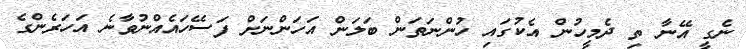
ނެގީ އޭނާ ތި ދެމީހުން އެކުގައި ހުންނަތަން ބަލަން އަހަންނަށް ފަސޭހައެއްނުވާނެ އަހަރެންގެ